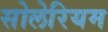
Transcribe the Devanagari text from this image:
सोलेरियम